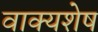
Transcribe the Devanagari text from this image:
वाक्यशेष